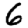
Digit: 6